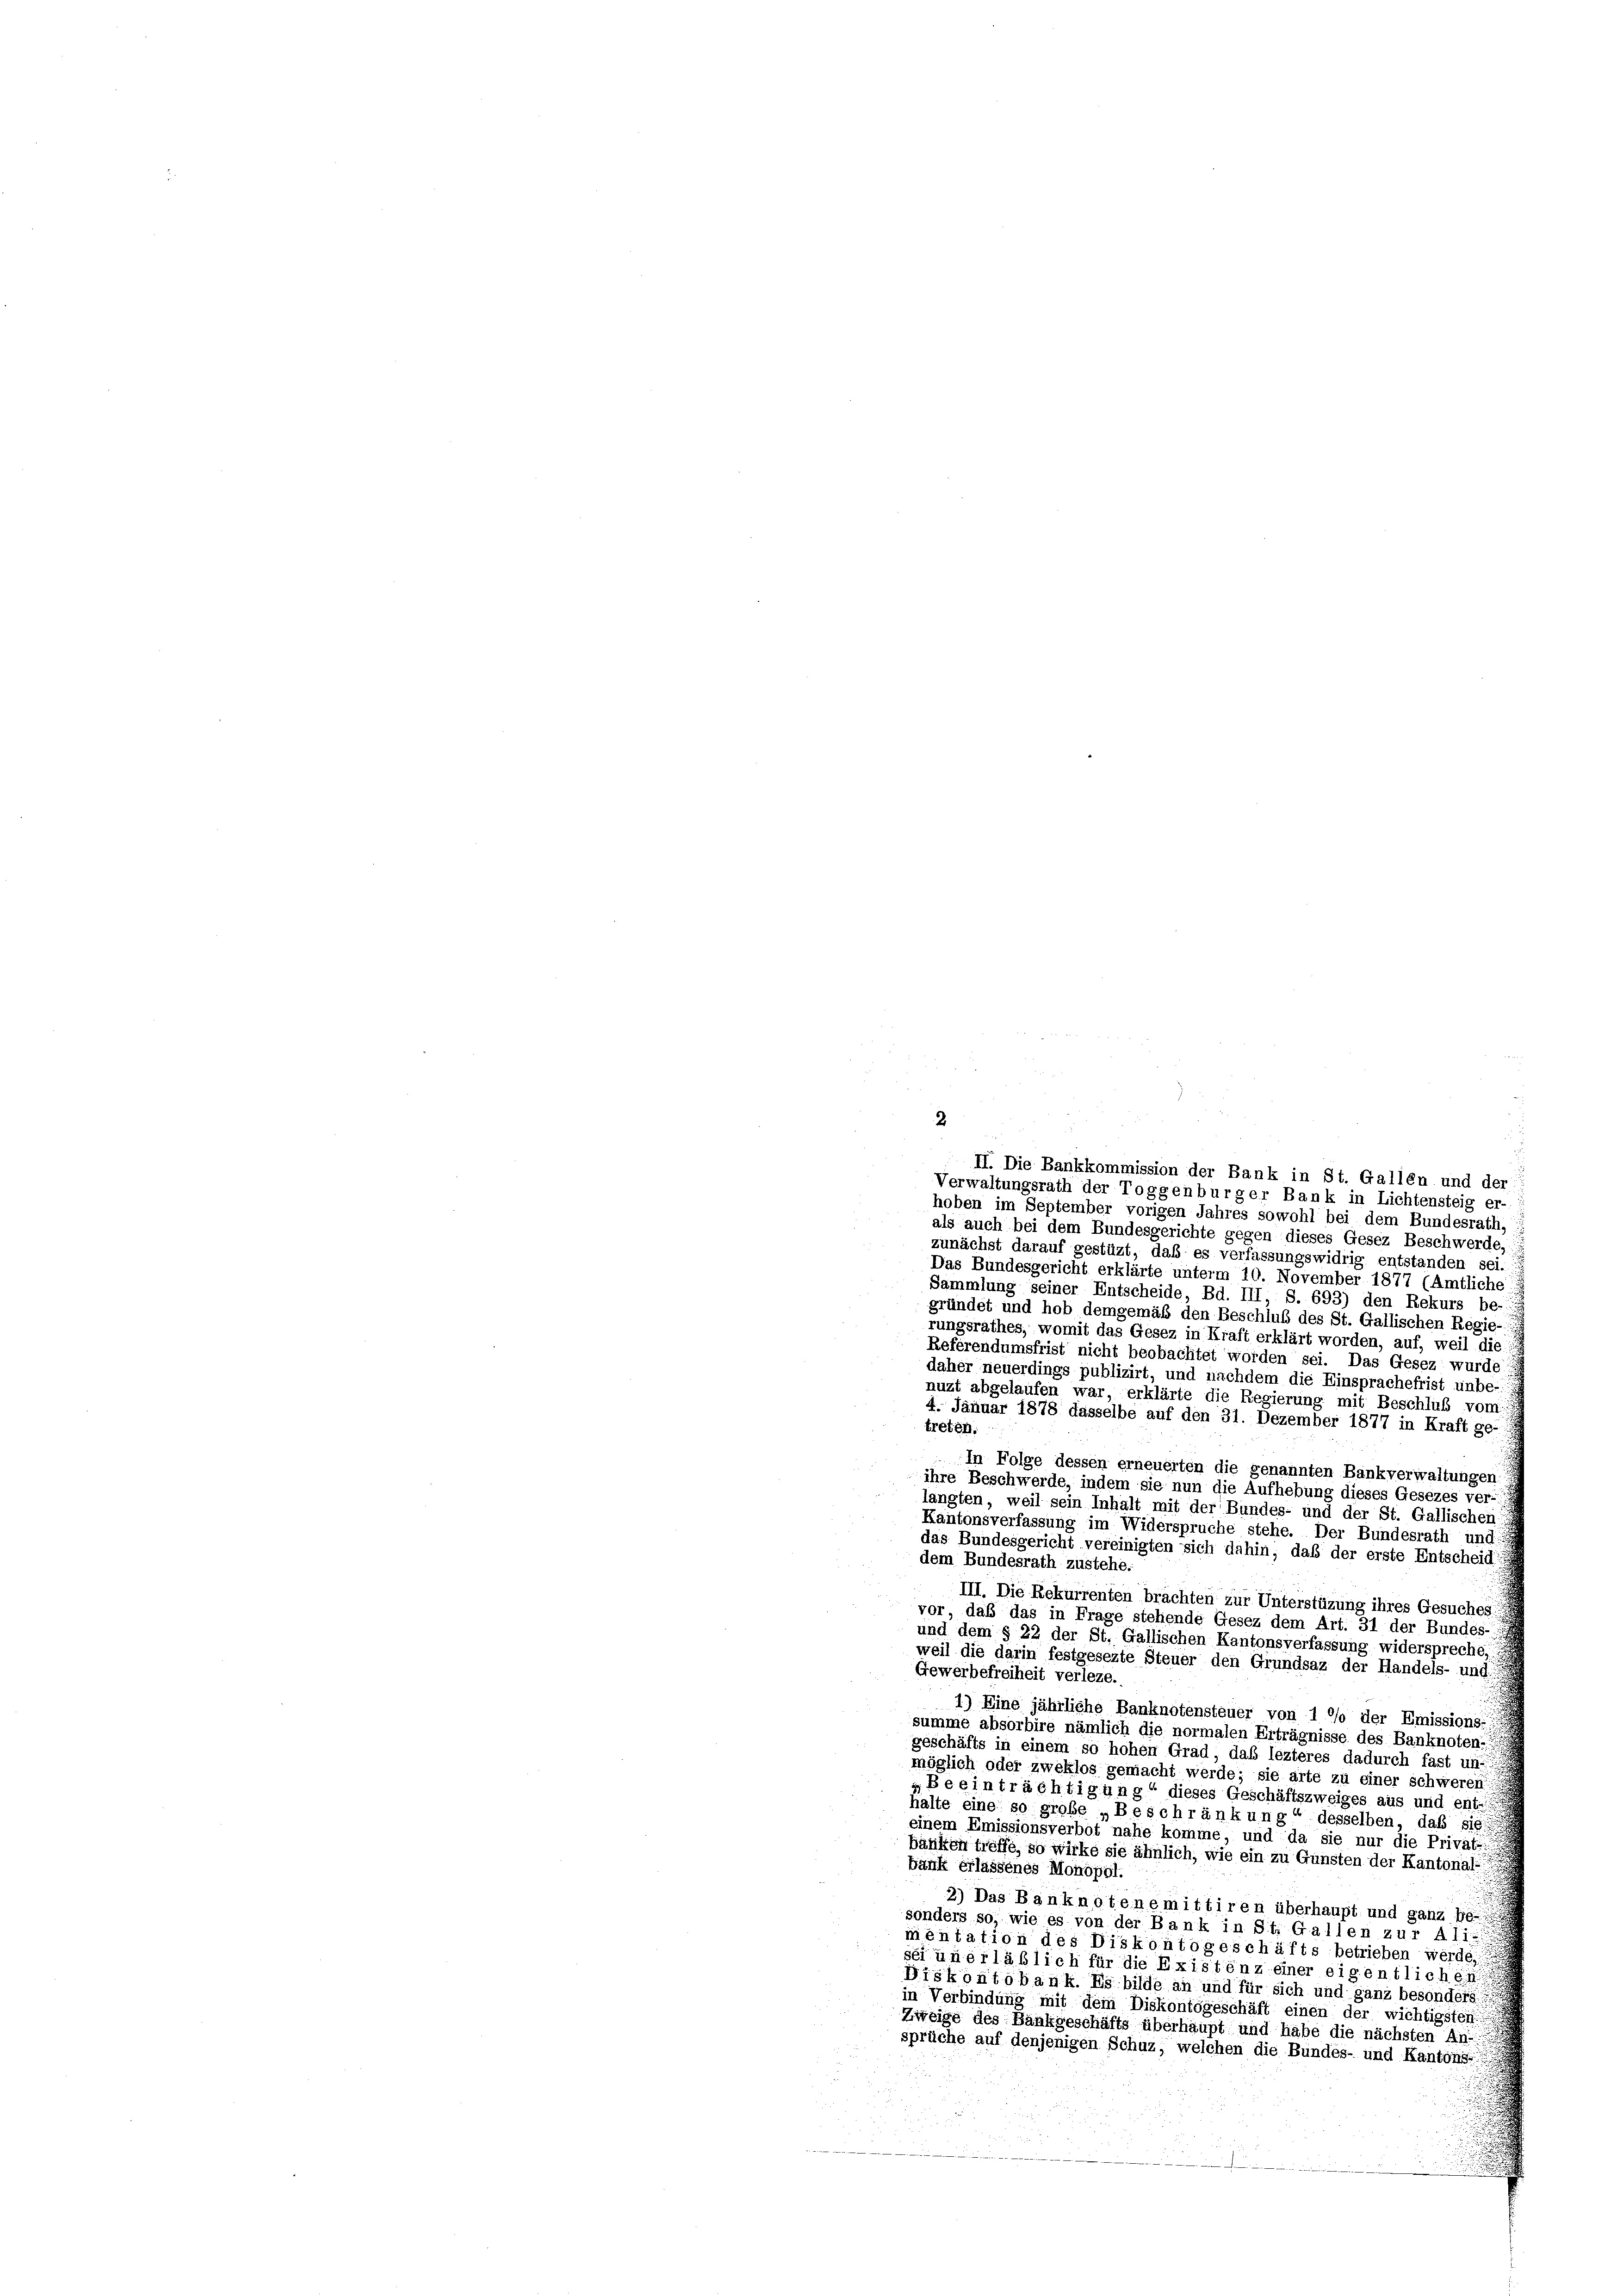
2
hoben im September vorigen Jahres sowohl bei dem Bundesrath,
als auch bei dem Bundesgerichte gegen dieses Gesez Beschwerde,
zunächst darauf gestüzt, daß es verfassungswidrig entstanden sei.
Das Bundesgericht erklärte unterm 10. November 1877 (Amtliche
Sammlung seiner Entscheide, Bd. III, S. 693) den Rekurs be-
gründet und hob demgemäß den Beschluß des St. Gallischen Regie-
rungsrathes, womit das Gesez in Kraft erklärt worden, auf, weil die
Referendumsfrist nicht beobachtet worden sei. Das Gesez wurde
daher neuerdings publizirt, und nachdem die Einsprachefrist unbe-
nuzt abgelaufen war, erklärte die Regierung mit Beschluß vom
4. Januar 1878 dasselbe auf den 31. Dezember 1877 in Kraft ge-
treten.
In Folge dessen erneuerten die genannten Bankverwaltungen
ihre Beschwerde, indem sie nun die Aufhebung dieses Gesezes ver-
langten, weil sein Inhalt mit der Bundes- und der St. Gallischen
Kantonsverfassung im Widerspruche stehe. Der Bundesrath und
das Bundesgericht vereinigten sich dahin, daß der erste Entscheid
dem Bundesrath zustehe.
III. Die Rekurrenten brachten zur Unterstüzung ihres Gesuches
vor, daß das in Frage stehende Gesez dem Art. 31 der Bundes-
und dem § 22 der St. Gallischen Kantonsverfassung widerspreche.
weil die darin festgesezte Steuer den Grundsaz der Handels- und
Gewerbefreiheit verleze.
1) Eine jährliche Banknotensteuer von 1 % der Emissions-
summe absorbire nämlich die normalen Erträgnisse des Banknoten:
geschäfts in einem so hohen Grad, daß lezteres dadurch fast un-
möglich oder zweklos gemacht werde; sie arte zu einer schweren
g Beeinträchtigung“ dieses Geschäftszweiges aus und ent-
halte eine so große „Beschränkung“ desselben, daß sie
einem Emissionsverbot nahe komme, und da sie nur die Privat-
banken treffe, so wirke sie ähnlich, wie ein zu Gunsten der Kantonal-
bank erlassenes Monopol.
2) Das Banknotene mittiren überhaupt und ganz be-
sonders so, wie es von der Bank in St. Gallen zur Ali-
mentation des Diskontogeschäfts betrieben werde,
sei unerläßlich für die Existenz einer eigentlichen
Diskontobank. Es bilde an und für sich und ganz besonders
in Verbindung mit dem Diskontogeschäft einen der wichtigsten
Zweige des Bankgeschäfts überhaupt und habe die nächsten An-
sprüche auf denjenigen Schuz, welchen die Bundes- und Kantons-

II. Die Bankkommission der Bank in St. Gallen und der
Verwaltungsrath der Toggenburger Bank in Lichtensteig er-